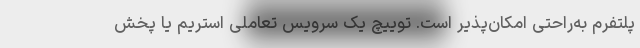
پلتفرم به‌راحتی امکان‌پذیر است. توییچ یک سرویس تعاملی استریم یا پخش